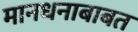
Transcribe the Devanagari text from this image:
मानधनाबाबत